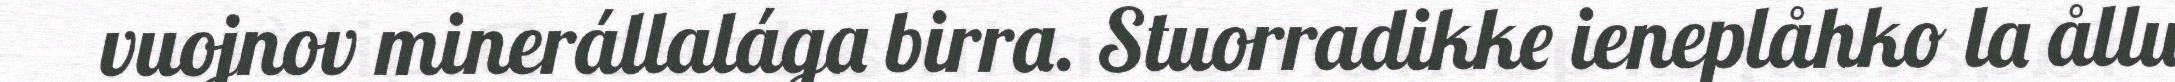
vuojnov minerállalága birra. Stuorradikke ieneplåhko la ållu